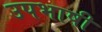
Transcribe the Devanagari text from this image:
उपभाषी